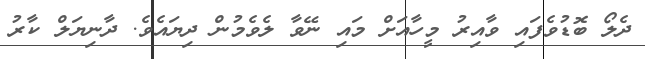
ދެލޯ ބޮޑުވެފައި ވާއިރު މީހާއަށް މައި ނޭވާ ލެވެމުން ދިޔައެވެ. ދާނިޔަލް ކާރު